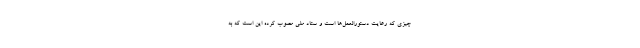
چیزی که رعایت دستورالعمل‌ها است و ستاد ملی مصوب کرده این است که به